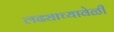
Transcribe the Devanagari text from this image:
लढ्याच्यावेळी